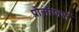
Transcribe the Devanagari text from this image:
प्रोसीजर्स